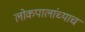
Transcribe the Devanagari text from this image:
लोकपालांच्याच